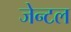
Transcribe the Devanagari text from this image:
जेन्टल